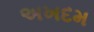
અખદમ